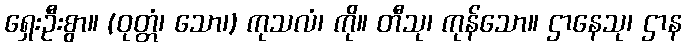
ရှေးဦးစွာ။ (ဝုတ္တံ၊ သော၊) ကုသလံ၊ ကို။ တီသု၊ ကုန်သော။ ဌာနေသု၊ ဌာန